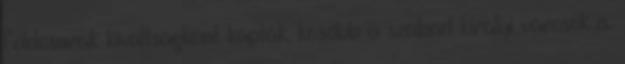
földesurak kiváltságként kapták, később a szabad királyi városok is.